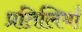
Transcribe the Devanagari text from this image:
प्रतिलियाँ